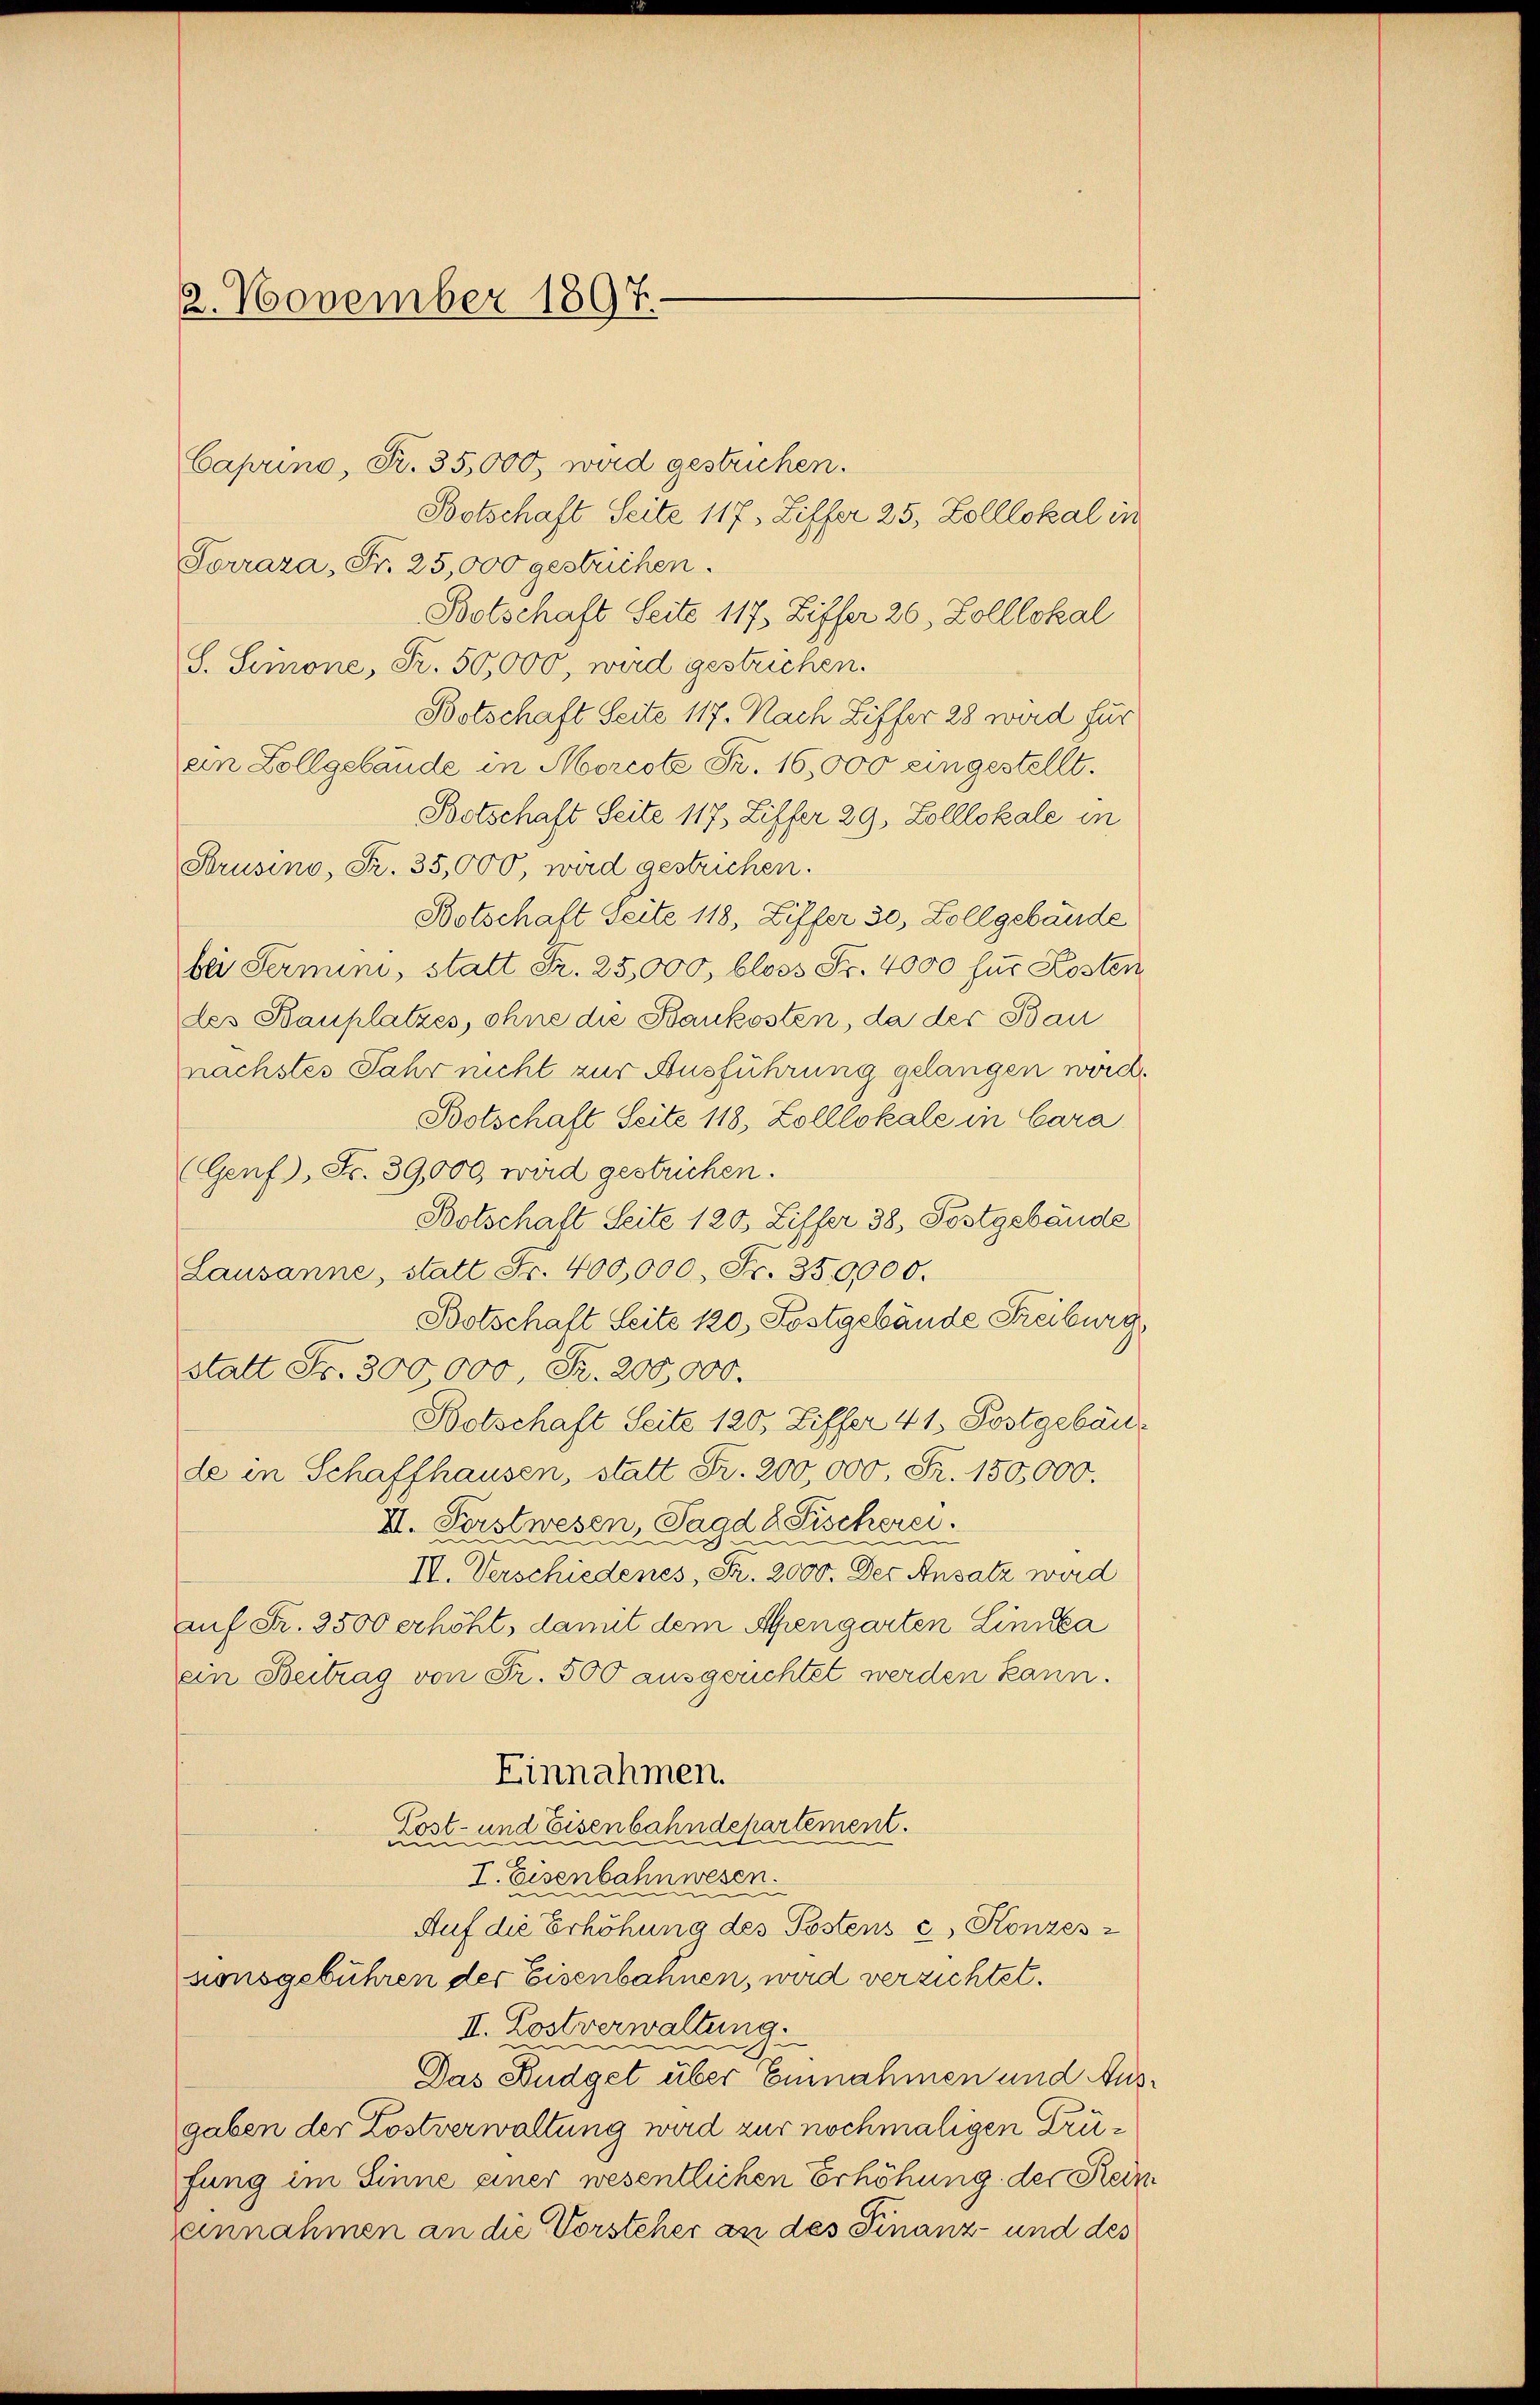
2. November 1897.

Caprino, Fr. 35,000, wird gestrichen.
Botschaft Seite 117, Ziffer 25. Zolllokal in
Porrara, Fr. 25,000 gestrichen.
Botschaft Seite 117 Ziffer 26, Zolllokal
S. Simone, Fr. 50,000, wird gestrichen.
Botschaft Seite 117. Nach Ziffer 28 wird für
ein Zollgebäude in Morcote Fr. 16,000 eingestellt.
Botschaft Seite 117 Liffer 29. Zolllokale in
Strusino, Fr. 35,000, wird gestrichen.
Botschaft Seite 118, Ziffer 30, Zollgebäude
bei Sermini, statt Fr. 25,000, bloss Fr. 4000 für Kosten
des Bauplatzes, ohne die Baukosten, da der Bau
nächstes Jahr nicht zur Ausführung gelangen werd.
Botschaft Seite 118, Zolllokale in Cara
(Genf, Fr. 39,000 wird gestrichen.
Botschaft Seite 120 Ziffer 38, Postgebäude
Lausanne, statt Fr. 400,000. Fr. 35,0000.
Botschaft Seite 120, Kostgebäude Freiburg,
statt Fr. 300,000, Fr. 200,000.
Botschaft Seite 120, Ziffer 41. Postgebäude in Schaffhausen, statt Fr. 200,000, Fr. 150,000.
II. Forstwesen, Jagd 8 Fischerei.
IV. Verschiedenes, S. 2000. Der Ansatz wird
auf Fr. 3500 erhöht, damit dem Abengarten Linika
ein Beitrag von Fr. 500 ausgerichtet werden kann.
Einnahmen.
und Eisenbahndepartement.
Koste
I. Eisenbahnwesen.
Auf die Erhöhung des Postens c, Konzes
ronsgebühren der Eisenbahnen, wird verzichtet.
II. Lostverwaltung.
n
Das Budget über Einnahmen und Ausgaben der Kostverwaltung wird zur nochmaligen Grüfung im Sinne einer wesentlichen Erhöhung der Reineinnahmen an die Vorsteher an des Finanz- und des